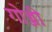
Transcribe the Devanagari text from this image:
गोज्जी